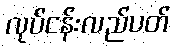
လုပ်ငန်းလည်ပတ်